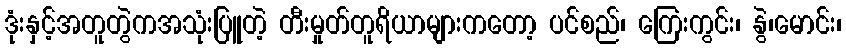
ဒုံးနှင့်အတူတွဲကအသုံးပြူတဲ့ တီးမှုတ်တူရိယာများကတော့ ပင်စည်၊ ကြေးကွင်း၊ နွဲ၊မောင်း၊